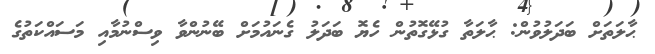
ޙާލަތަށް ބަދަލުވުން: ޙާލަތާ ގުޅޭގޮތުން ހެޔޮ ބަދަލު ގެނައުމަށް ބޭނުންވާ ވިސްނުމާއި މަސައްކަތުގެ